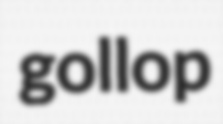
gollop